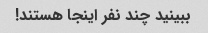
ببینید چند نفر اینجا هستند!